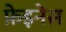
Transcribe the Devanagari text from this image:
फ़ेइनेस